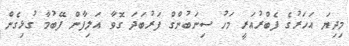
މިދިޔަ އަހަރުގެ ފެބްރުއަރީ މަހު ސިނަބުންގް ފަރުބަދަ ގޮވާ އަލިފާން ފޭބުމާ ގުޅިގެން